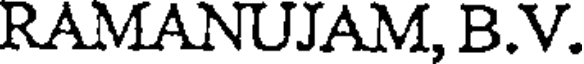
RAMANUJAM, B.V.